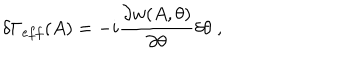
\delta \Gamma _ { e f f } ( A ) = - i \frac { \partial w ( A , \theta ) } { \partial \theta } \delta \theta \; ,